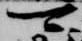
可